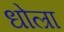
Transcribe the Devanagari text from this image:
धोल्रा